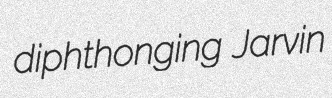
diphthonging Jarvin